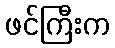
ဖင်ကြီးက